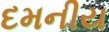
દમનીય